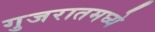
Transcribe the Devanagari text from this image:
गुजरातमघ्ये